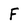
Character: F